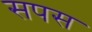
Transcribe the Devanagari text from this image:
सपस